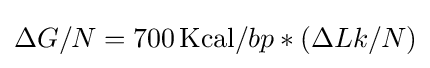
\Delta G/N=700\,{\text{Kcal}}/bp*(\Delta Lk/N)